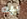
بيه